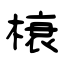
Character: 榱